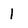
Character: l